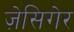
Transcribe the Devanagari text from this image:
ज़ेसिगेर